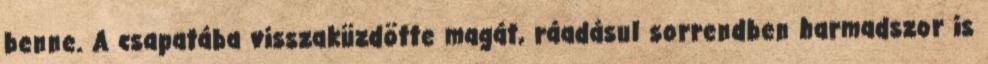
benne. A csapatába visszaküzdötte magát, ráadásul sorrendben harmadszor is